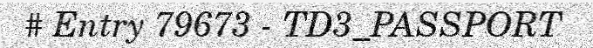
# Entry 79673 - TD3_PASSPORT